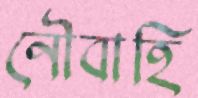
নৌবাহি